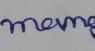
Signature authenticity: forged